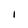
Character: I